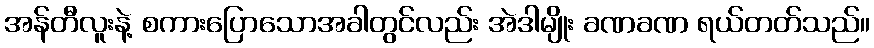
အန်တီလူးနဲ့ စကားပြောသောအခါတွင်လည်း အဲဒါမျိုး ခဏခဏ ရယ်တတ်သည်။